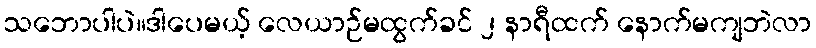
သဘောပါပဲ။ဒါပေမယ့် လေယာဉ်မထွက်ခင် ၂ နာရီထက် နောက်မကျဘဲလာ